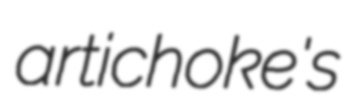
artichoke's